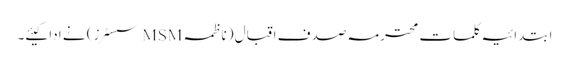
ابتدائیہ کلمات محترمہ صدف اقبال (ناظمہ MSM سسٹرز) نے ادا کیئے۔